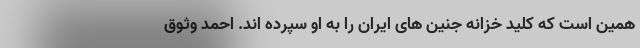
همین است که کلید خزانه جنین های ایران را به او سپرده اند. احمد وثوق